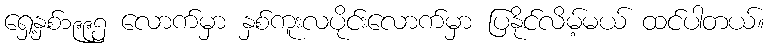
ရှေ့နှစ်၁၉၉၅ လောက်မှာ နှစ်ကူးလပိုင်းလောက်မှာ ပြနိုင်လိမ့်မယ် ထင်ပါတယ်။